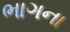
ભાગના